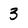
Character: 3